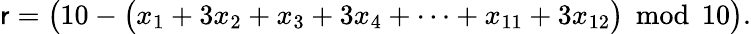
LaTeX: \mathsf{r}={\big(}10-{\big(}x_{1}+3x_{2}+x_{3}+3x_{4}+\cdots+x_{11}+3x_{12}{\big)}\, {\bmod{\, }}10{\big)}.